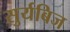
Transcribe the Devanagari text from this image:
सुर्यबिज